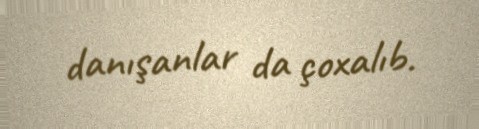
danışanlar da çoxalıb.